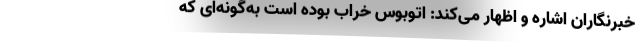
خبرنگاران اشاره و اظهار می‌کند: اتوبوس خراب بوده است به‌گونه‌ای که